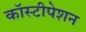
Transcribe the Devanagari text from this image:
कॉस्टीपेशन